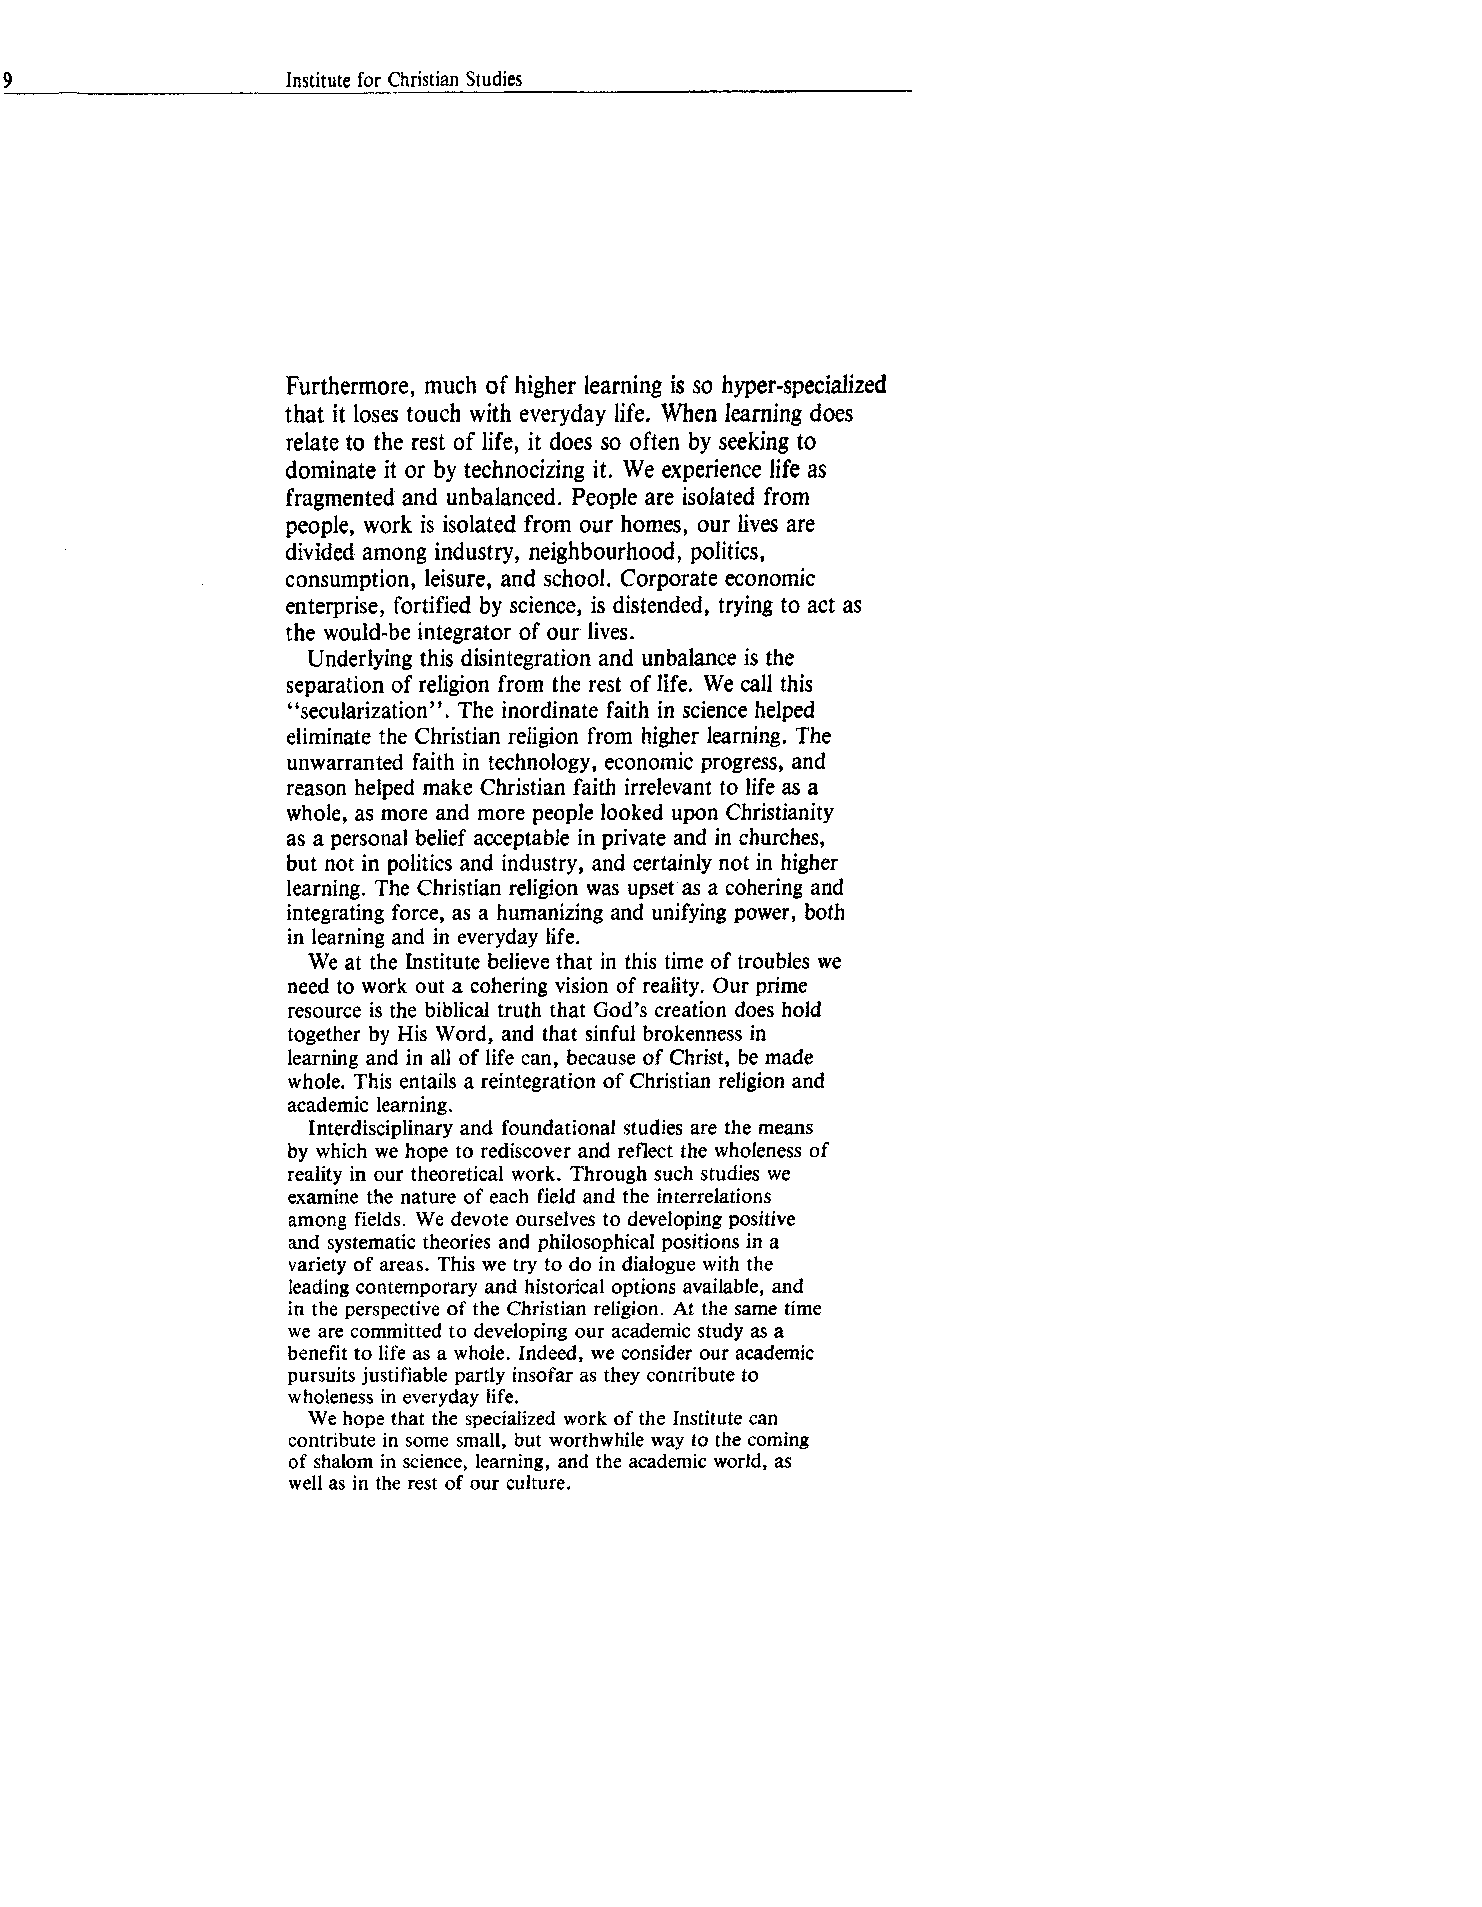
9                  Institute for Christian Studies
 Furthermore, much of higher learning is so hyper-specialized
 that it loses touch with everyday life. When learning does
 relate to the rest of life, it does so often by seeking to
 dominate it or by technocizing it. We experience life as
 fragmented and unbalanced. People are isolated from
 people, work is isolated from our homes, our lives are
 divided among industry, neighbourhood, politics,
 consumption, leisure, and school. Corporate economic
 enterprise, fortified by science, is distended, trying to act as
 the would-be integrator of our lives.
 Underlying this disintegration and unbalance is the
 separation of religion from the rest of life. We call this
 “secularization” . The inordinate faith in science helped
 eliminate the Christian religion from higher learning. The
 unwarranted faith in technology, economic progress, and
 reason helped make Christian faith irrelevant to life as a
 whole, as more and more people looked upon Christianity
 as a personal belief acceptable in private and in churches,
 but not in politics and industry, and certainly not in higher
 learning. The Christian religion was upset as a cohering and
 integrating force, as a humanizing and unifying power, both
 in learning and in everyday life.
 We at the Institute believe that in this time of troubles we
 need to work out a cohering vision of reality. Our prime
 resource is the biblical truth that God’s creation does hold
 together by His Word, and that sinful brokenness in
 learning and in all of life can, because of Christ, be made
 whole. This entails a reintegration of Christian religion and
 academic learning.
 Interdisciplinary and foundational studies are the means
 by which we hope to rediscover and reflect the wholeness of
 reality in our theoretical work. Through such studies we
 examine the nature of each field and the interrelations
 among fields. We devote ourselves to developing positive
 and systematic theories and philosophical positions in a
 variety of areas. This we try to do in dialogue with the
 leading contemporary and historical options available, and
 in the perspective of the Christian religion. At the same time
 we are committed to developing our academic study as a
 benefit to life as a whole. Indeed, we consider our academic
 pursuits justifiable partly insofar as they contribute to
 wholeness in everyday life.
 We hope that the specialized work of the Institute can
 contribute in some small, but worthwhile way to the coming
 of shalom in science, learning, and the academic world, as
 well as in the rest of our culture.